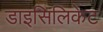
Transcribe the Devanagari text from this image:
डाइसिलिकेट